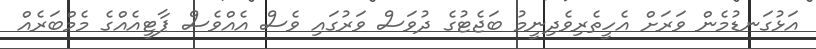
އަޅުގަނޑުމެން ވަރަށް އެހީތެރިވެދިނީމު ބަޖެޓުގެ ދުވަސް ވަރުގައި ވެސް އެއްވެސް ޕާޓީއެއްގެ މެމްބަރެއް